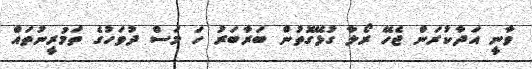
ވާނީ އަދާކުރަން ޖެހޭ ރޯލާ ގުޅޭގޮތުން ބަރާބަރު ހަ މަސް ދުވަހުގެ ތަމުރީނުތައް